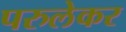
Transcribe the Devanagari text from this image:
परुलेकर